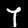
Label: 7